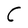
Character: C